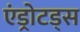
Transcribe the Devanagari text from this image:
एंड्रोटड्स